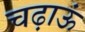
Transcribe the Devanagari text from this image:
चढ़ाऊं